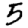
Digit: 5